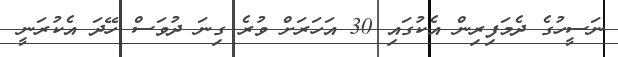
ނަސީހުގެ ދެމަފިރިން އެކުގައި 30 އަހަރަށް ވުރެ ގިނަ ދުވަސް ހޭދަ އެކުރަނީ